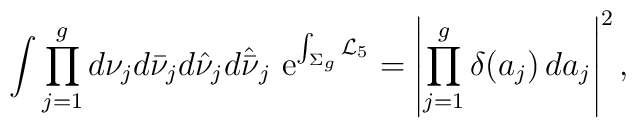
\int\prod_{j=1}^gd\nu_jd\bar\nu_jd\hat\nu_jd\hat{\bar \nu}_j\,\,{\rm e}^{\int_{\Sigma_g}{\cal L}_5}=\left|\prod_{j=1}^g\delta(a_j)\,da_j\right|^2,